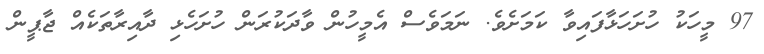
97 މީހަކު ހުށަހަޅާފައިވާ ކަމަށެވެ. ނަމަވެސް އެމީހުން ވާދަކުރަން ހުށަހެޅި ދާއިރާތަކެއް ޖާޕީން